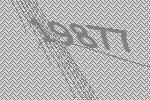
19877